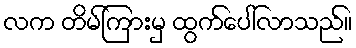
လက တိမ်ကြားမှ ထွက်ပေါ်လာသည်။